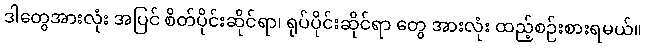
ဒါတွေအားလုံး အပြင် စိတ်ပိုင်းဆိုင်ရာ၊ ရုပ်ပိုင်းဆိုင်ရာ တွေ အားလုံး ထည့်စဉ်းစားရမယ်။